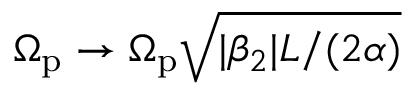
\Omega _ { \mathrm { p } } \rightarrow \Omega _ { \mathrm { p } } \sqrt { | \beta _ { 2 } | L / ( 2 \alpha ) }